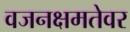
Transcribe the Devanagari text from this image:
वजनक्षमतेवर